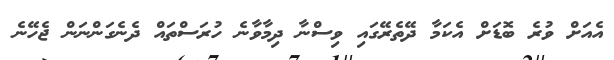
އެއަށް ވުރެ ބޮޑަށް އެކަމާ ދޭތެރޭގައި ވިސްނާ ދިމާވާނެ ހުރަސްތައް ދެނެގަންނަން ޖެހޭނެ